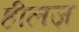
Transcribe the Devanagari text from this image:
हीलज़